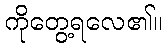
ကိုတွေ့ရလေ၏။